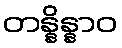
တန္နိန္နာဝ